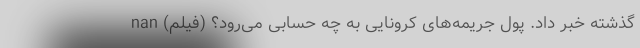
گذشته خبر داد. پول جریمه‌های کرونایی به چه حسابی می‌رود؟ (فیلم) nan